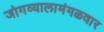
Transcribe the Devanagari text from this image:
जोगव्यालामंगळवार